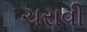
ચરાવી